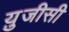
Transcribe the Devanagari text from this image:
यु़जीसी